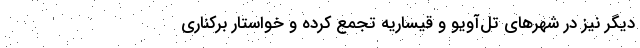
دیگر نیز در شهرهای تل‌آویو و قیساریه تجمع کرده و خواستار برکناری